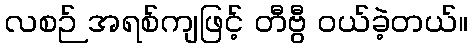
လစဉ် အရစ်ကျဖြင့် တီဗွီ ဝယ်ခဲ့တယ်။